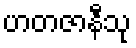
ဟတဇာနီသု